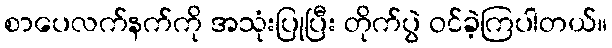
စာပေလက်နက်ကို အသုံးပြုပြီး တိုက်ပွဲ ဝင်ခဲ့ကြပါတယ်။